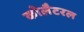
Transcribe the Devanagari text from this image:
कोलैटरल